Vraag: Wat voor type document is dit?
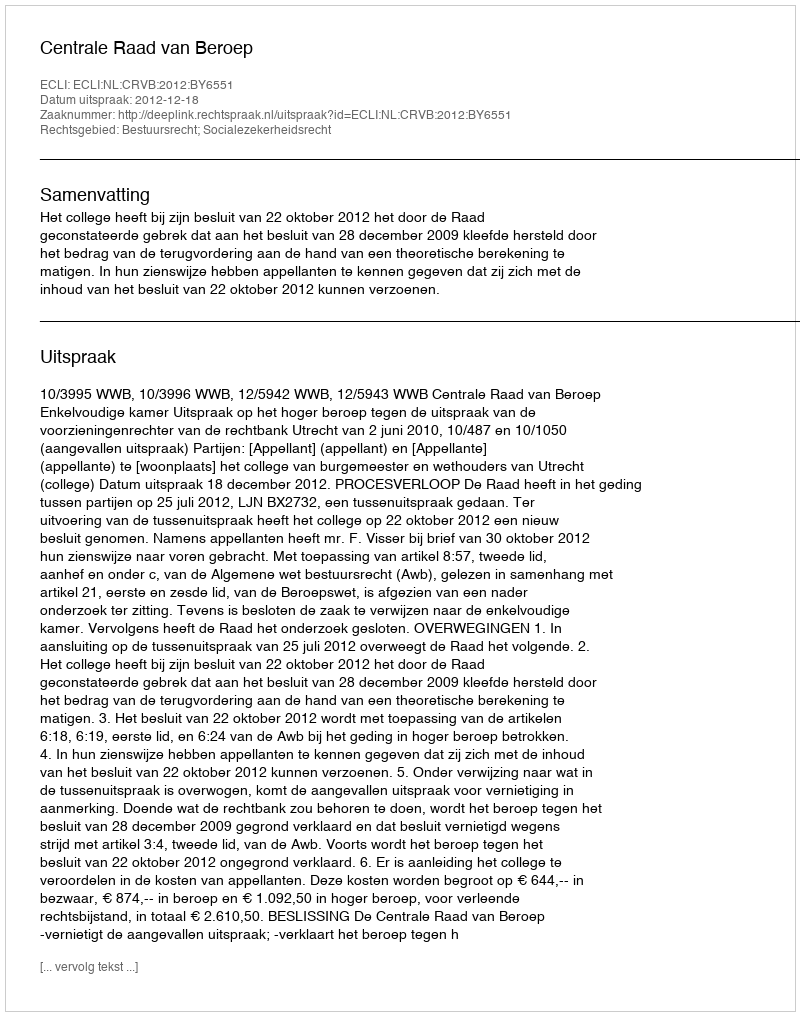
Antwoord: Uitspraak